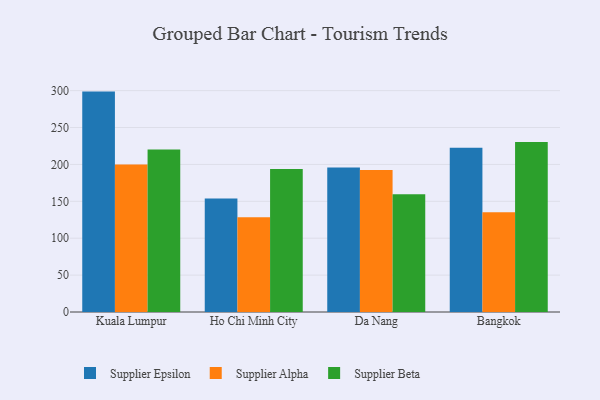
{"axis": {"x": "City", "y": "Net Income (USD K)"}, "legend": ["Supplier Alpha", "Supplier Beta", "Supplier Epsilon"], "data": [{"x": "Kuala Lumpur", "y": 298.7, "type": "Supplier Epsilon"}, {"x": "Kuala Lumpur", "y": 199.9, "type": "Supplier Alpha"}, {"x": "Kuala Lumpur", "y": 220.2, "type": "Supplier Beta"}, {"x": "Ho Chi Minh City", "y": 153.7, "type": "Supplier Epsilon"}, {"x": "Ho Chi Minh City", "y": 128.3, "type": "Supplier Alpha"}, {"x": "Ho Chi Minh City", "y": 193.7, "type": "Supplier Beta"}, {"x": "Da Nang", "y": 195.7, "type": "Supplier Epsilon"}, {"x": "Da Nang", "y": 192.4, "type": "Supplier Alpha"}, {"x": "Da Nang", "y": 159.7, "type": "Supplier Beta"}, {"x": "Bangkok", "y": 222.7, "type": "Supplier Epsilon"}, {"x": "Bangkok", "y": 135.3, "type": "Supplier Alpha"}, {"x": "Bangkok", "y": 230.5, "type": "Supplier Beta"}]}